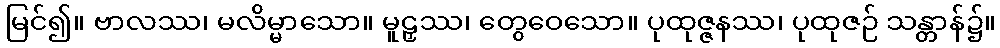
မြင်၍။ ဗာလဿ၊ မလိမ္မာသော။ မူဠှဿ၊ တွေဝေသော။ ပုထုဇ္ဇနဿ၊ ပုထုဇဉ် သန္တာန်၌။